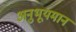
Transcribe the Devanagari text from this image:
अनुभूयमान